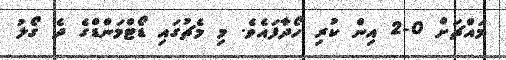
މައްޗަށް 0-2 އިން ކުރި ހޯދާފައެވެ. މި މެޗުގައި ޑޯޓްމަންޑްގެ ދެ ގޯލު